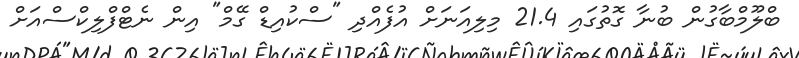
ބްލޫމްބާގުން ބުނާ ގޮތުގައި 21.4 މިލިއަނަށް އުފެއްދި "ސްކުއިޑް ގޭމް" އިން ނެޓްފްލިކްސްއަށް